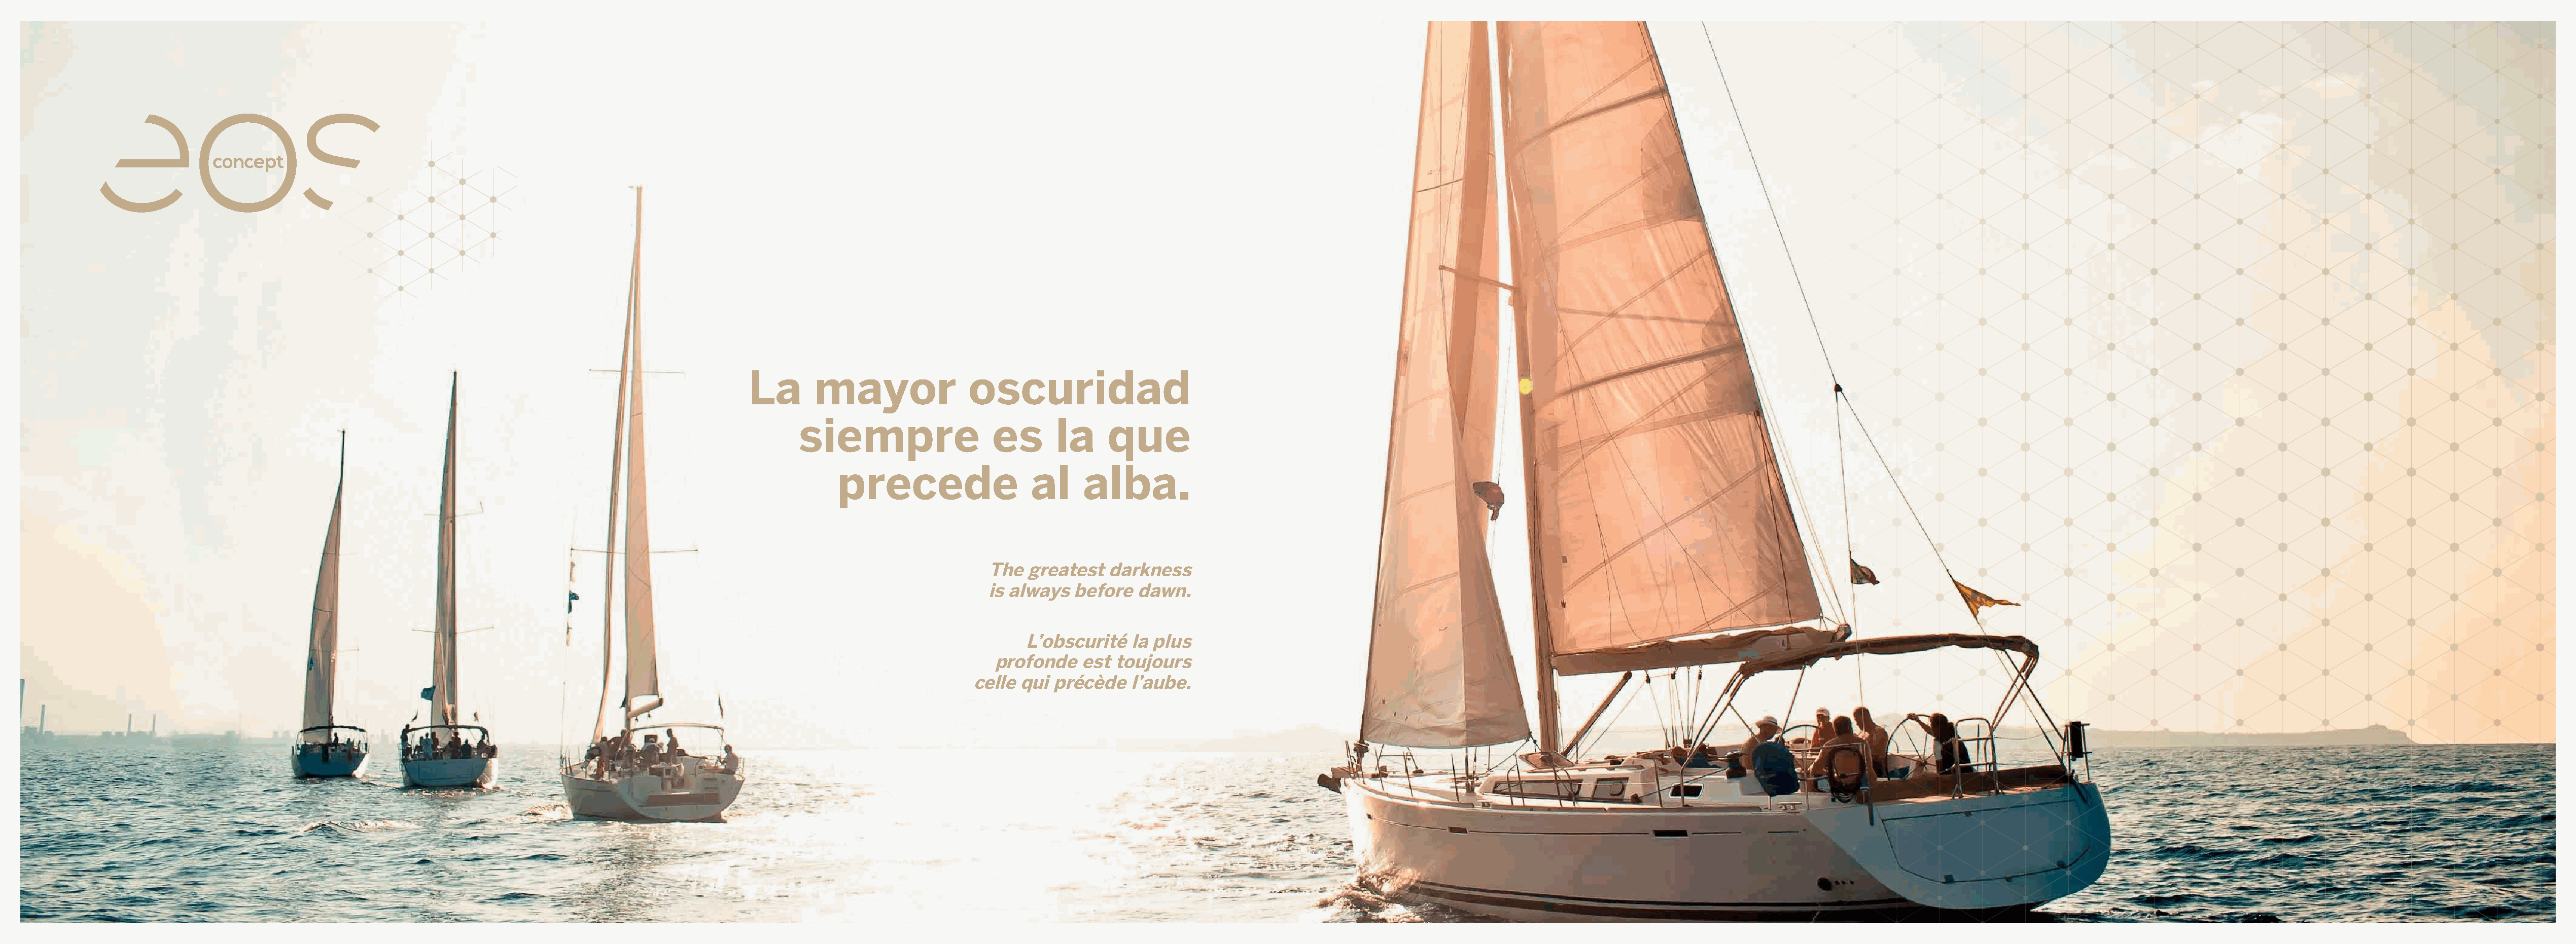
bedroom collection 136 137
 concept
 La      mayor               oscuridad
 siempre                   es      la     que
 precede                   al    alba.
 The  greatest   darkness
 is always  before  dawn.
 L’obscurité   la plus
 profonde   est toujours
 celle qui précède    l’aube.